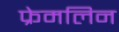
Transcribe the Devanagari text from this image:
फ्रेमलिन